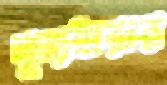
নৃত্যধারার